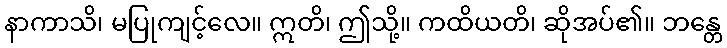
နာကာသိ၊ မပြုကျင့်လေ။ ဣတိ၊ ဤသို့။ ကထိယတိ၊ ဆိုအပ်၏။ ဘန္တေ